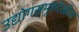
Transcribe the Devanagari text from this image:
उद्योगसमूहदेखील